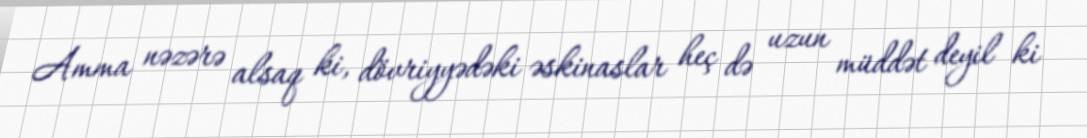
Amma nəzərə alsaq ki, dövriyyədəki əskinaslar heç də uzun müddət deyil ki